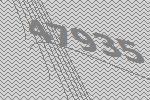
47935